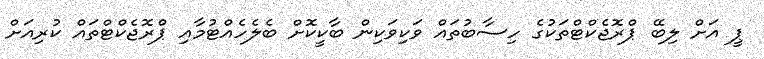
ޕީ އަށް ލިބޭ ޕްރޮޖެކްޓްތަކުގެ ހިސާބުތައް ވަކިވަކިން ބާކީކޮށް ބެލެހެއްޓުމާއި ޕްރޮޖެކްޓްތައް ކުރިއަށް